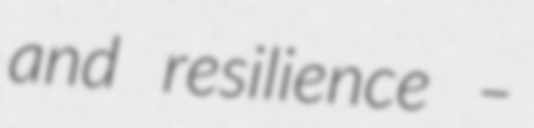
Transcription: and resilience –